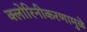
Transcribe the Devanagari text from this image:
क्लोरिनीकरणामुळे